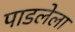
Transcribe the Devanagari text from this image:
पाडलेला